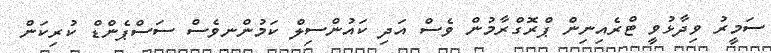
ސަމީރު ވިދާޅުވީ ޓްރެއިނިން ޕްރޮގްރާމުން ވެސް އަދި ކައުންސިލް ކަމުންނވެސް ސަސްޕެންޑް ކުރިކަން